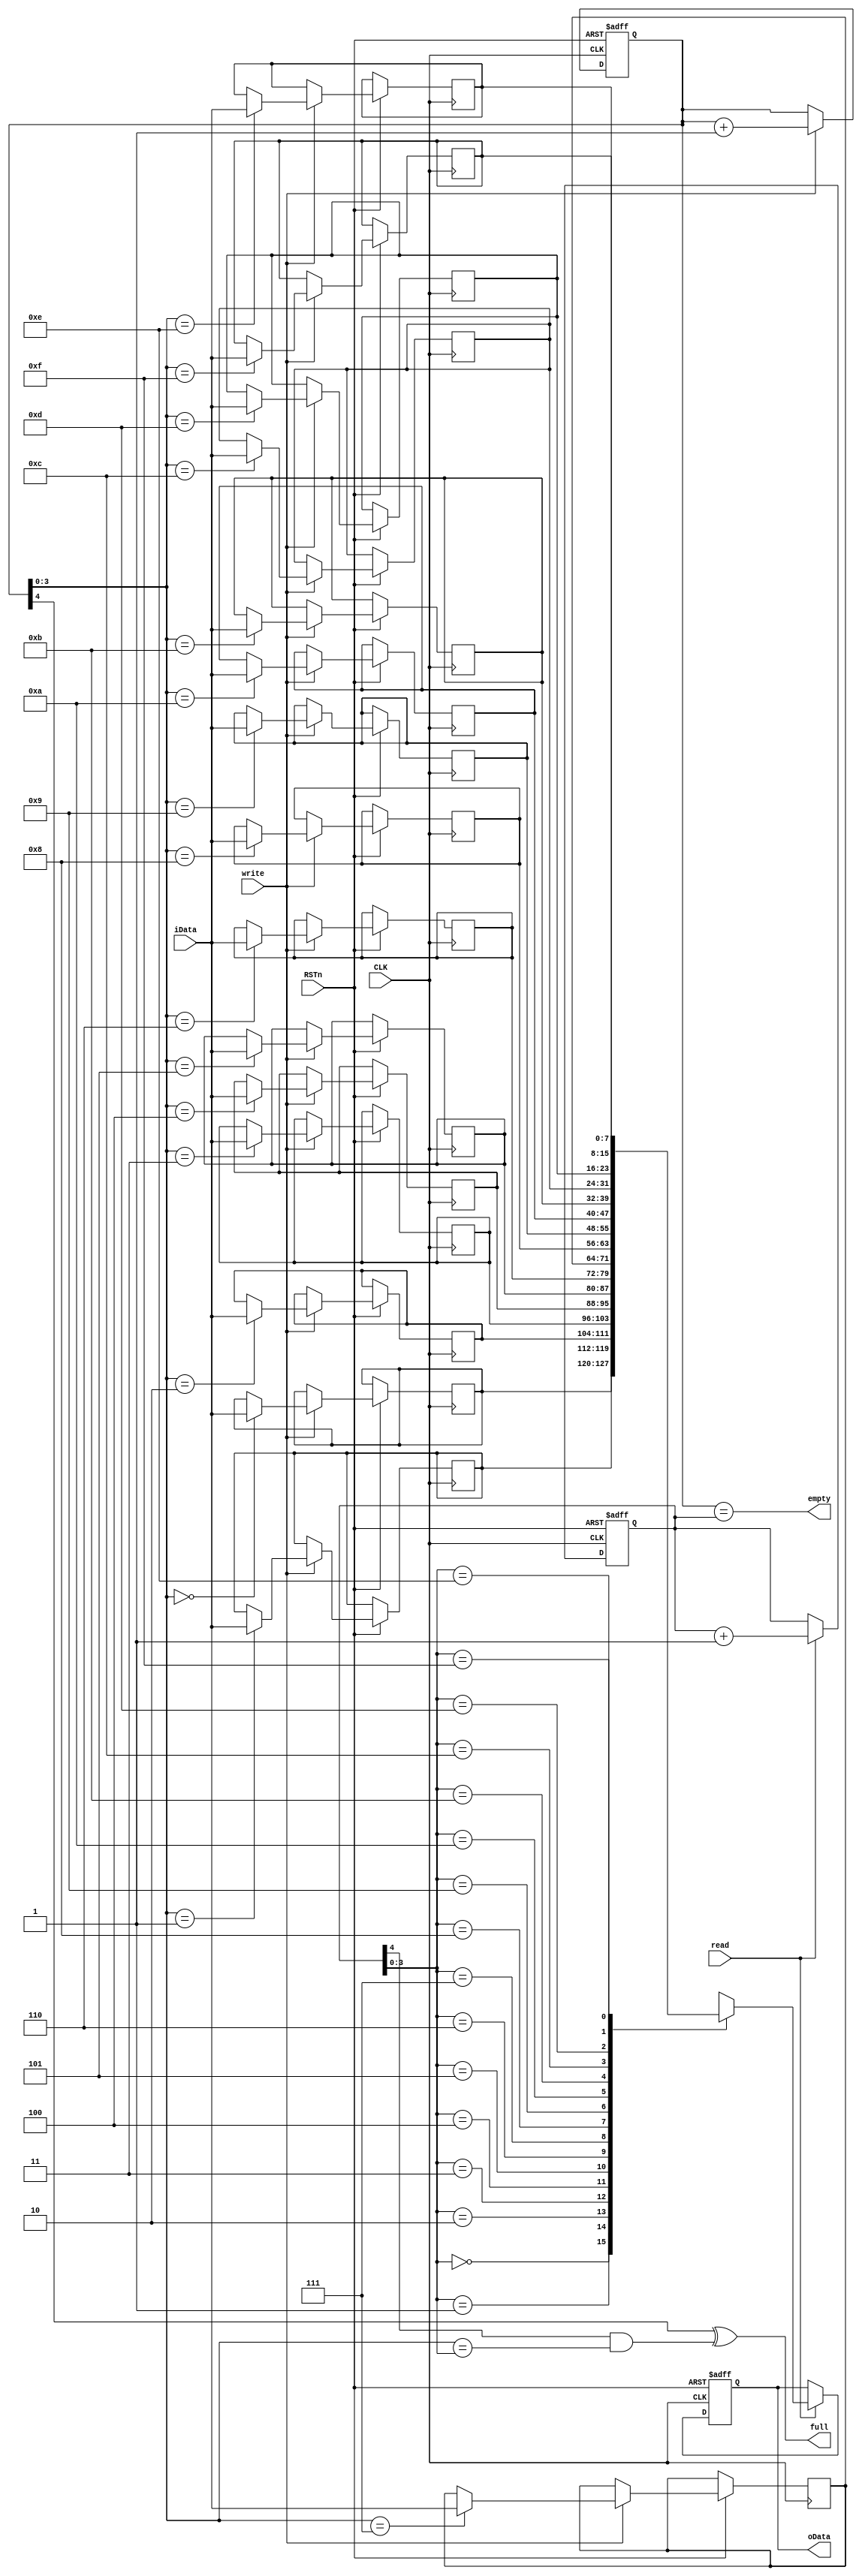
`timescale 1 ns/ 1 ps
//////////////////////////////////////////////////////////////////////////////////
// Company: 
// 
// Design Name: 
// Module Name: Synchronize FIFO
// Project Name:  
// Target Devices: 
// Tool Versions: 
// Description: 
// 
// Dependencies: 
// 
// Revision:
// Revision 0.01 - File Created
// Additional Comments:
// 
//////////////////////////////////////////////////////////////////////////////////

module on_clk_fifo(
	input        CLK,
	input        RSTn,
	input        write,
	input        read,
	input  [7:0] iData,
	
	output [7:0] oData,
	output       full,
	output       empty
);

reg [4:0] wp;          //write point should add 1 bit(N+1) 
reg [4:0] rp;          //read point
reg [7:0] RAM [15:0];  //deep16,8 bit RAM
reg [7:0] oData_reg;   //regsiter of oData

always @ ( posedge CLK or negedge RSTn )
begin                  //write to RAM
	if (!RSTn)
	begin
		wp <= 5'b0;
	end
	else if ( write )
	begin
		RAM[wp[3:0]] <= iData;
		wp <= wp + 1'b1;
	end
end

always @ ( posedge CLK or negedge RSTn )
begin                  // read from RAM
	if (!RSTn)
	begin
		rp <= 5'b0;
		oData_reg <= 8'b0;
	end
	else if ( read  )
	begin
		oData_reg <= RAM[rp[3:0]];
		rp <= rp + 1'b1;
	end
end


assign full = ( wp[4] ^ rp[4] & wp[3:0] == rp[3:0] );
assign empty = ( wp == rp );
assign oData = oData_reg;


endmodule